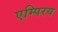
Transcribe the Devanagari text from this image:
एम्पिरय